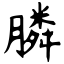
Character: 膦